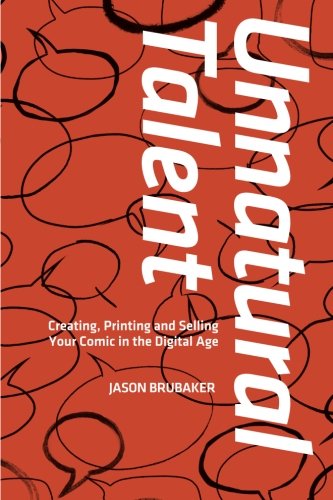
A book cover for Unnatural Talent: Creating, Printing and Selling Your Comic in the Digital Age; Jason Brubaker; Comics & Graphic Novels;